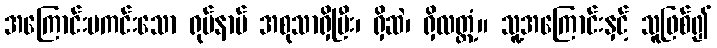
အကြောင်းမကင်းသော ရုပ်နာမ် အစုသာရှိပြီး၊ ရှိဆဲ၊ ရှိလတ္တံ့။ သူ့အကြောင်းနှင့် သူဖြစ်၍